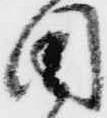
用